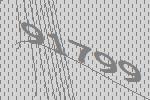
91799